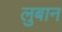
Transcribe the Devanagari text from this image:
लुबान